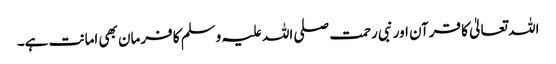
اللہ تعالیٰ کا قرآن اور نبی رحمت صلی اللہ علیہ وسلم کا فرمان بھی امانت ہے۔